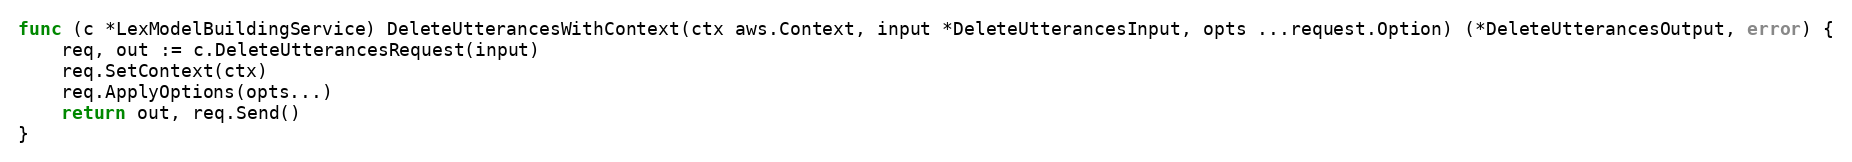
Language: Go
func (c *LexModelBuildingService) DeleteUtterancesWithContext(ctx aws.Context, input *DeleteUtterancesInput, opts ...request.Option) (*DeleteUtterancesOutput, error) {
	req, out := c.DeleteUtterancesRequest(input)
	req.SetContext(ctx)
	req.ApplyOptions(opts...)
	return out, req.Send()
}